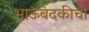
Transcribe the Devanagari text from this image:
भाऊबंदकीचा